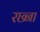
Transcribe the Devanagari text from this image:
रछ्ना